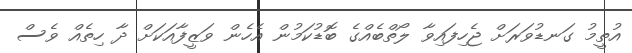
އުތީމު ގަނޑުވަރަށް ޖެހިފައިވާ ލޯތްބެއްގެ ބޮޑުކަމުން އެހެން ވަޒީފާއަކަށް ދާ ހިތެއް ވެސް